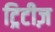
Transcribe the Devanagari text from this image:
ट्रिटीज़